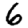
Digit: 6